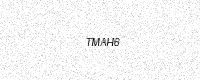
Text: TMAH6